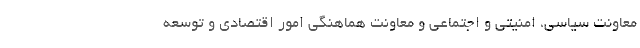
معاونت سیاسی، امنیتی و اجتماعی و معاونت هماهنگی امور اقتصادی و توسعه